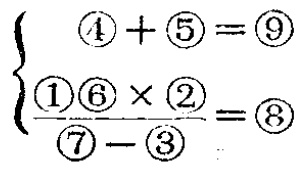
\[\begin{cases}

\textcircled{4}+\textcircled{5}=\textcircled{9}\\

\frac{\textcircled{1}\textcircled{6}\times\textcircled{2}}{\textcircled{7}-\textcircled{3}}=\textcircled{8}

\end{cases}\]